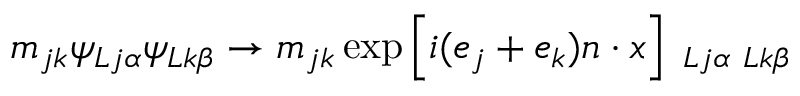
m _ { j k } \psi _ { L j \alpha } \psi _ { L k \beta } \rightarrow m _ { j k } \exp \left[ i ( e _ { j } + e _ { k } ) n \cdot x \right] { \bf \Psi } _ { L j \alpha } { \bf \Psi } _ { L k \beta }